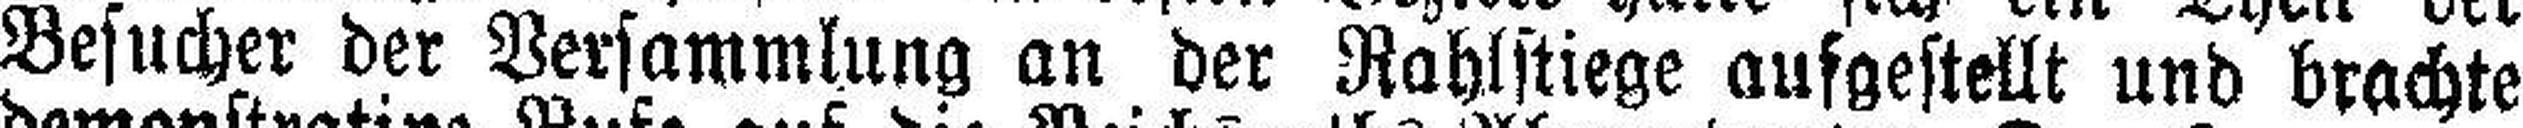
Besucher der Versammlung an der Rahlstiege aufgestellt und brachte